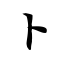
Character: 卜